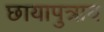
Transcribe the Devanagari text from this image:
छायापुत्राय